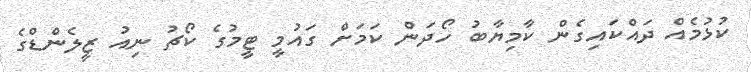
ކުޅުމެއް ދައްކައިގެން ކާމިޔާބު ހޯދަން ކަމަށް ގައުމީ ޓީމުގެ ކޯޗު ނިއު ޒީލެންޑްގެ